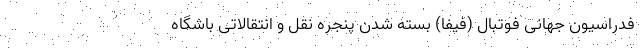
فدراسیون جهانی فوتبال (فیفا) بسته شدن پنجره نقل و انتقالاتی باشگاه